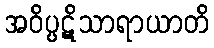
အဝိပ္ပဋိသာရာယာတိ